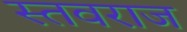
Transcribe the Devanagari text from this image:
स्तवराज